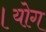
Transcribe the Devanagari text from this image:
।योग